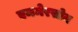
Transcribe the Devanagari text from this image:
एममेरसोन